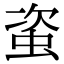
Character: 𧊒